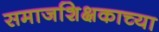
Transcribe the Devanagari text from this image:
समाजशिक्षकाच्या